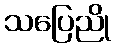
သပြေညို